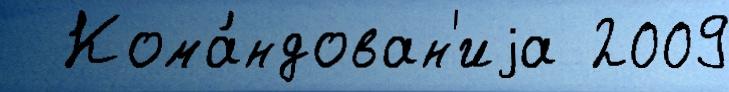
  Кома́ндован'иjа 2009